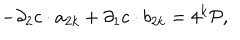
LaTeX: - \partial _ { 2 } c \cdot a _ { 2 k } + \partial _ { 1 } c \cdot b _ { 2 k } = 4 ^ { k } { \cal P } ,